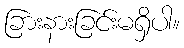
ခြားနားခြင်းမရှိပါ။